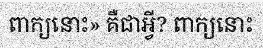
ពាក្យនោះ» គឺជាអ្វី? ពាក្យនោះ